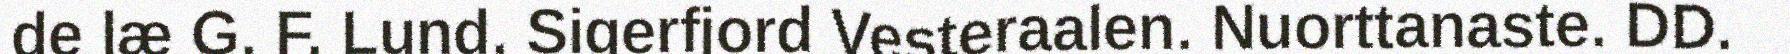
de læ G. F. Lund, Sigerfjord Vesteraalen. Nuorttanaste. DD.